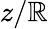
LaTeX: z/\mathbb{R}